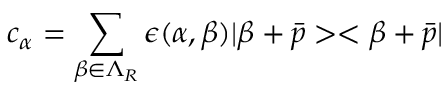
c _ { \alpha } = \sum _ { \beta \in \Lambda _ { R } } \epsilon ( \alpha , \beta ) | \beta + \bar { p } > < \beta + \bar { p } |